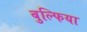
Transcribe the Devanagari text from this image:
बुल्फिया